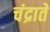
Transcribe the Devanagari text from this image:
चंद्राते